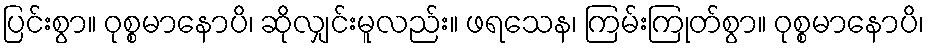
ပြင်းစွာ။ ဝုစ္စမာနောပိ၊ ဆိုလျှင်းမူလည်း။ ဖရသေန၊ ကြမ်းကြုတ်စွာ။ ဝုစ္စမာနောပိ၊